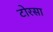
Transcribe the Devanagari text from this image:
टोरसा